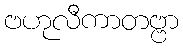
ဗဟုလီကာတဗ္ဗာ